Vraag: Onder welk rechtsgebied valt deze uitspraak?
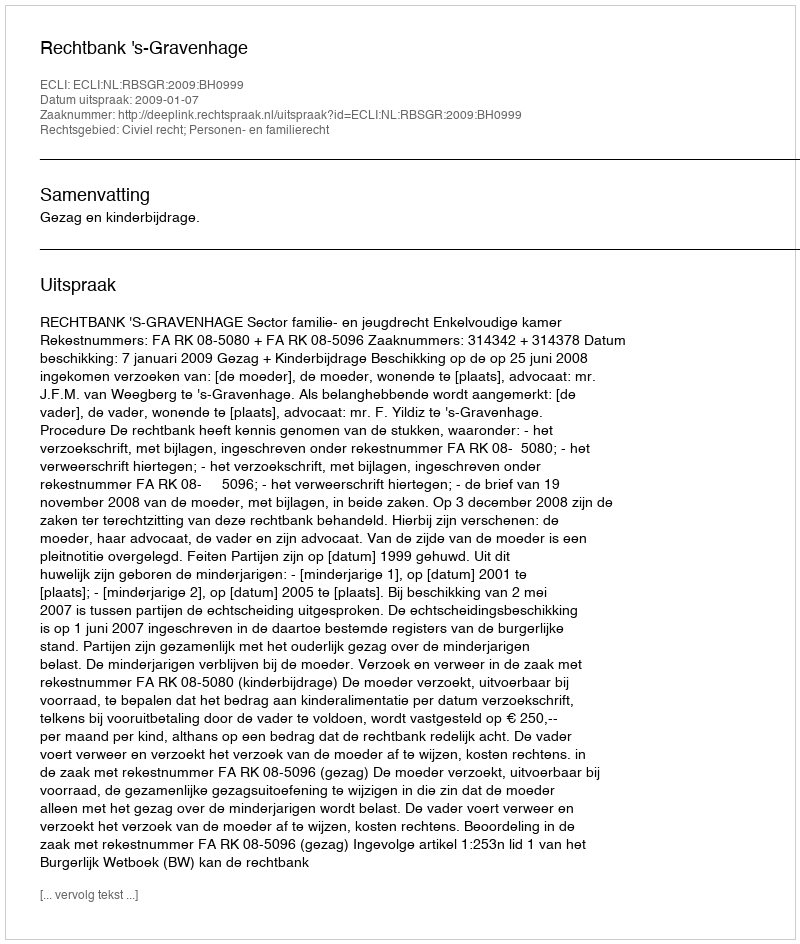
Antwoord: Civiel recht; Personen- en familierecht